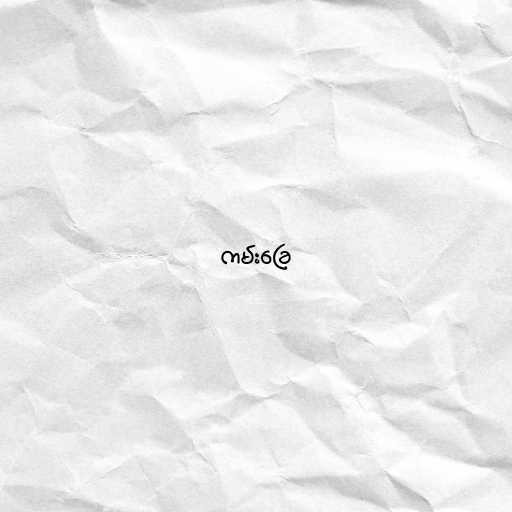
ကမ်းခြေ